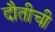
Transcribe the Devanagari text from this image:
दौतीची